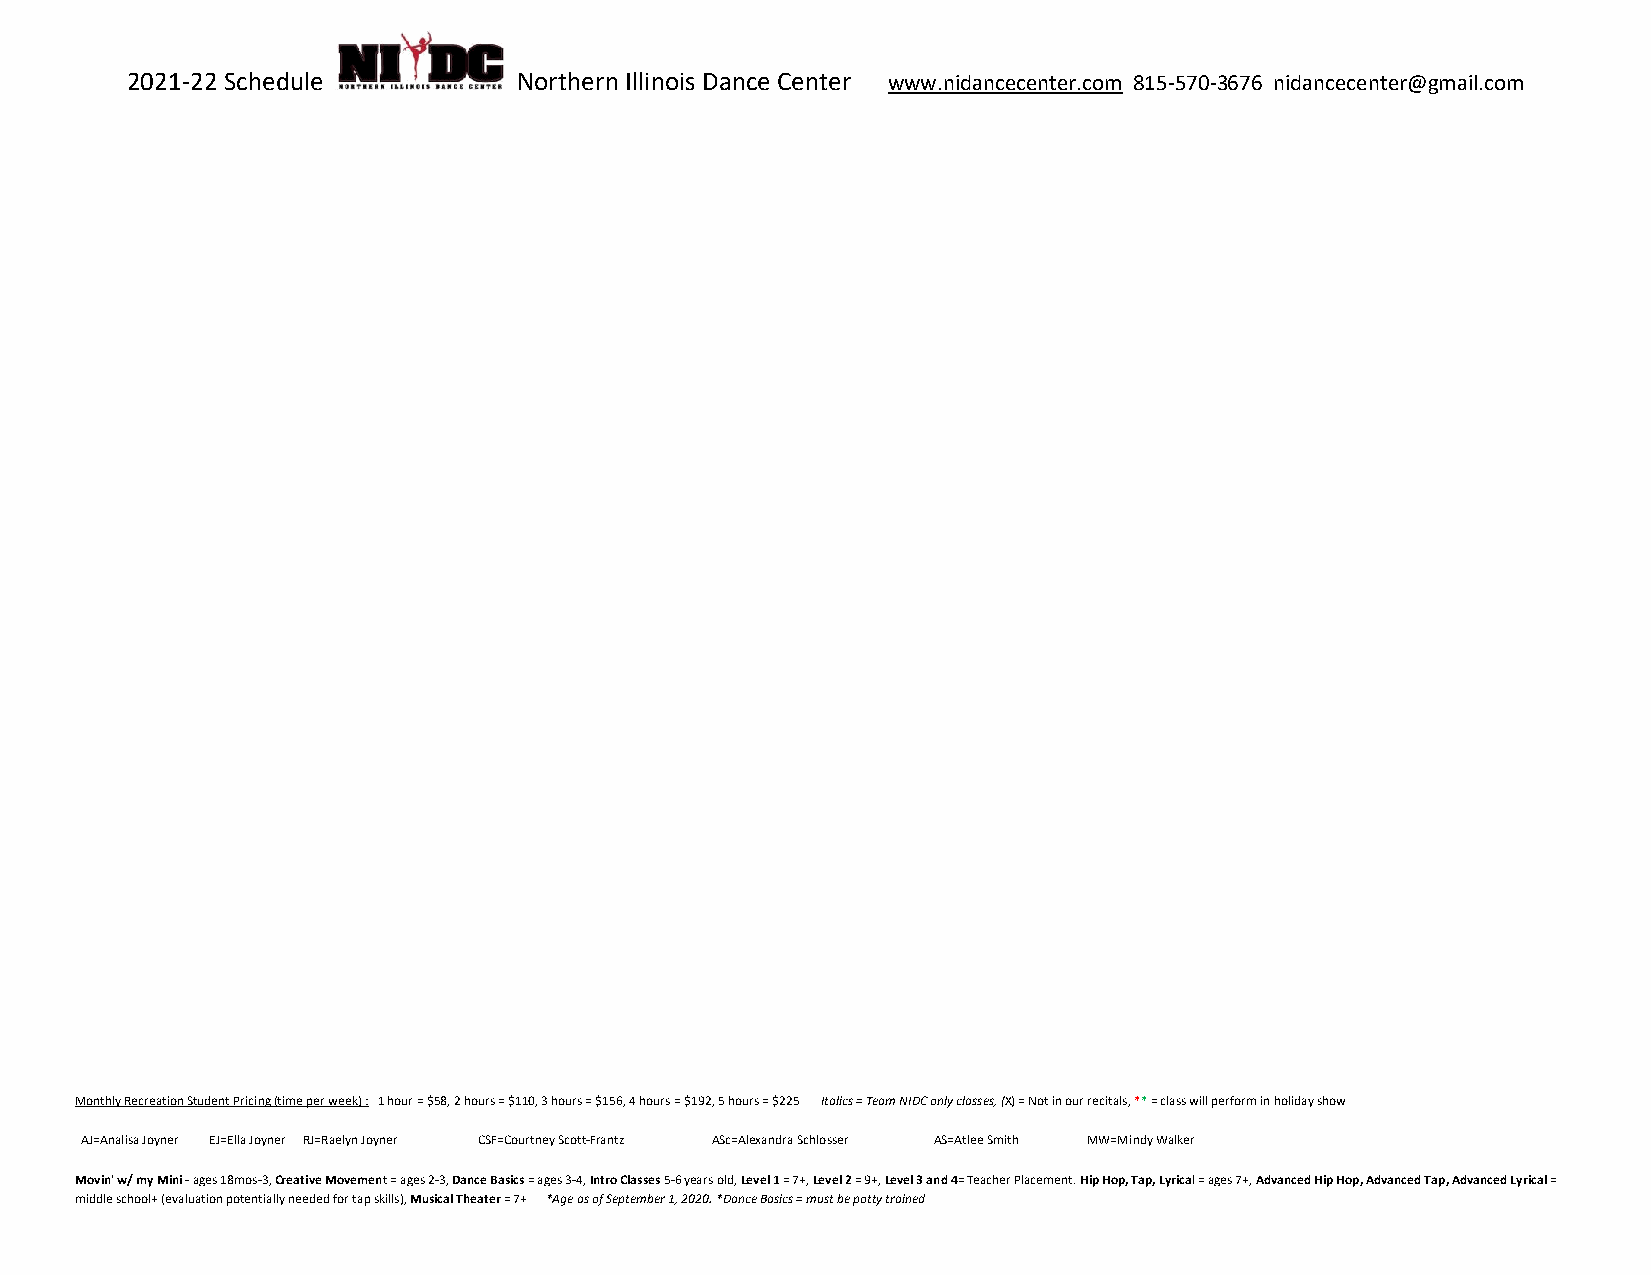
2021-22 Schedule          Northern Illinois Dance Center www.nidancecenter.com 815-570-3676 nidancecenter@gmail.com
 Monthly Recreation Student Pricing (time per week) : 1 hour = $58, 2 hours = $110, 3 hours = $156, 4 hours = $192, 5 hours = $225 Italics = Team NIDC only classes, (X) = Not in our recitals, ** = class will perform in holiday show
 AJ=Analisa Joyner EJ=Ella Joyner RJ=Raelyn Joyner CSF=Courtney Scott-Frantz ASc=Alexandra Schlosser AS=Atlee Smith MW=Mindy Walker
 Movin' w/ my Mini - ages 18mos-3, Creative Movement = ages 2-3, Dance Basics = ages 3-4, Intro Classes 5-6 years old, Level 1 = 7+, Level 2 = 9+, Level 3 and 4= Teacher Placement. Hip Hop, Tap, Lyrical = ages 7+, Advanced Hip Hop, Advanced Tap, Advanced Lyrical =
 middle school+ (evaluation potentially needed for tap skills), Musical Theater = 7+ *Age as of September 1, 2020. *Dance Basics = must be potty trained